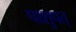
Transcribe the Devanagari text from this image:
पाशुपत्